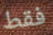
فقط